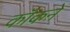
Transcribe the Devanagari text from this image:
कॉकने